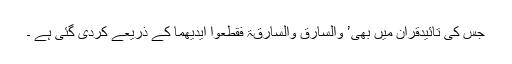
جس کی تائیدقرآن میں بھی’ والسارق والسارقۃ فقطعوا ایدیھما کے ذریعے کردی گئی ہے ۔